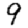
Digit: 9